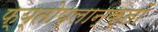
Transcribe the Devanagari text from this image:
फ्य्तोप्लान्क्तों